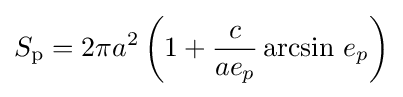
S_{\text{p}}=2\pi a^{2}\left(1+{\frac {c}{ae_{p}}}\arcsin \,e_{p}\right)